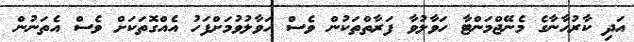
އަދި ކާރުހާނާގެ މެނޭޖްމަންޓާ ހަވާލުވާ ފަރާތްތަކުން ވެސް ހަވާލުވުމަށްފަހު އެއްގޮތަކަށް ވެސް އެތަނުން